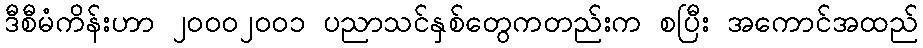
ဒီစီမံကိန်းဟာ ၂၀၀၀၂၀၀၁ ပညာသင်နှစ်တွေကတည်းက စပြီး အကောင်အထည်